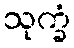
သုက္ခံ